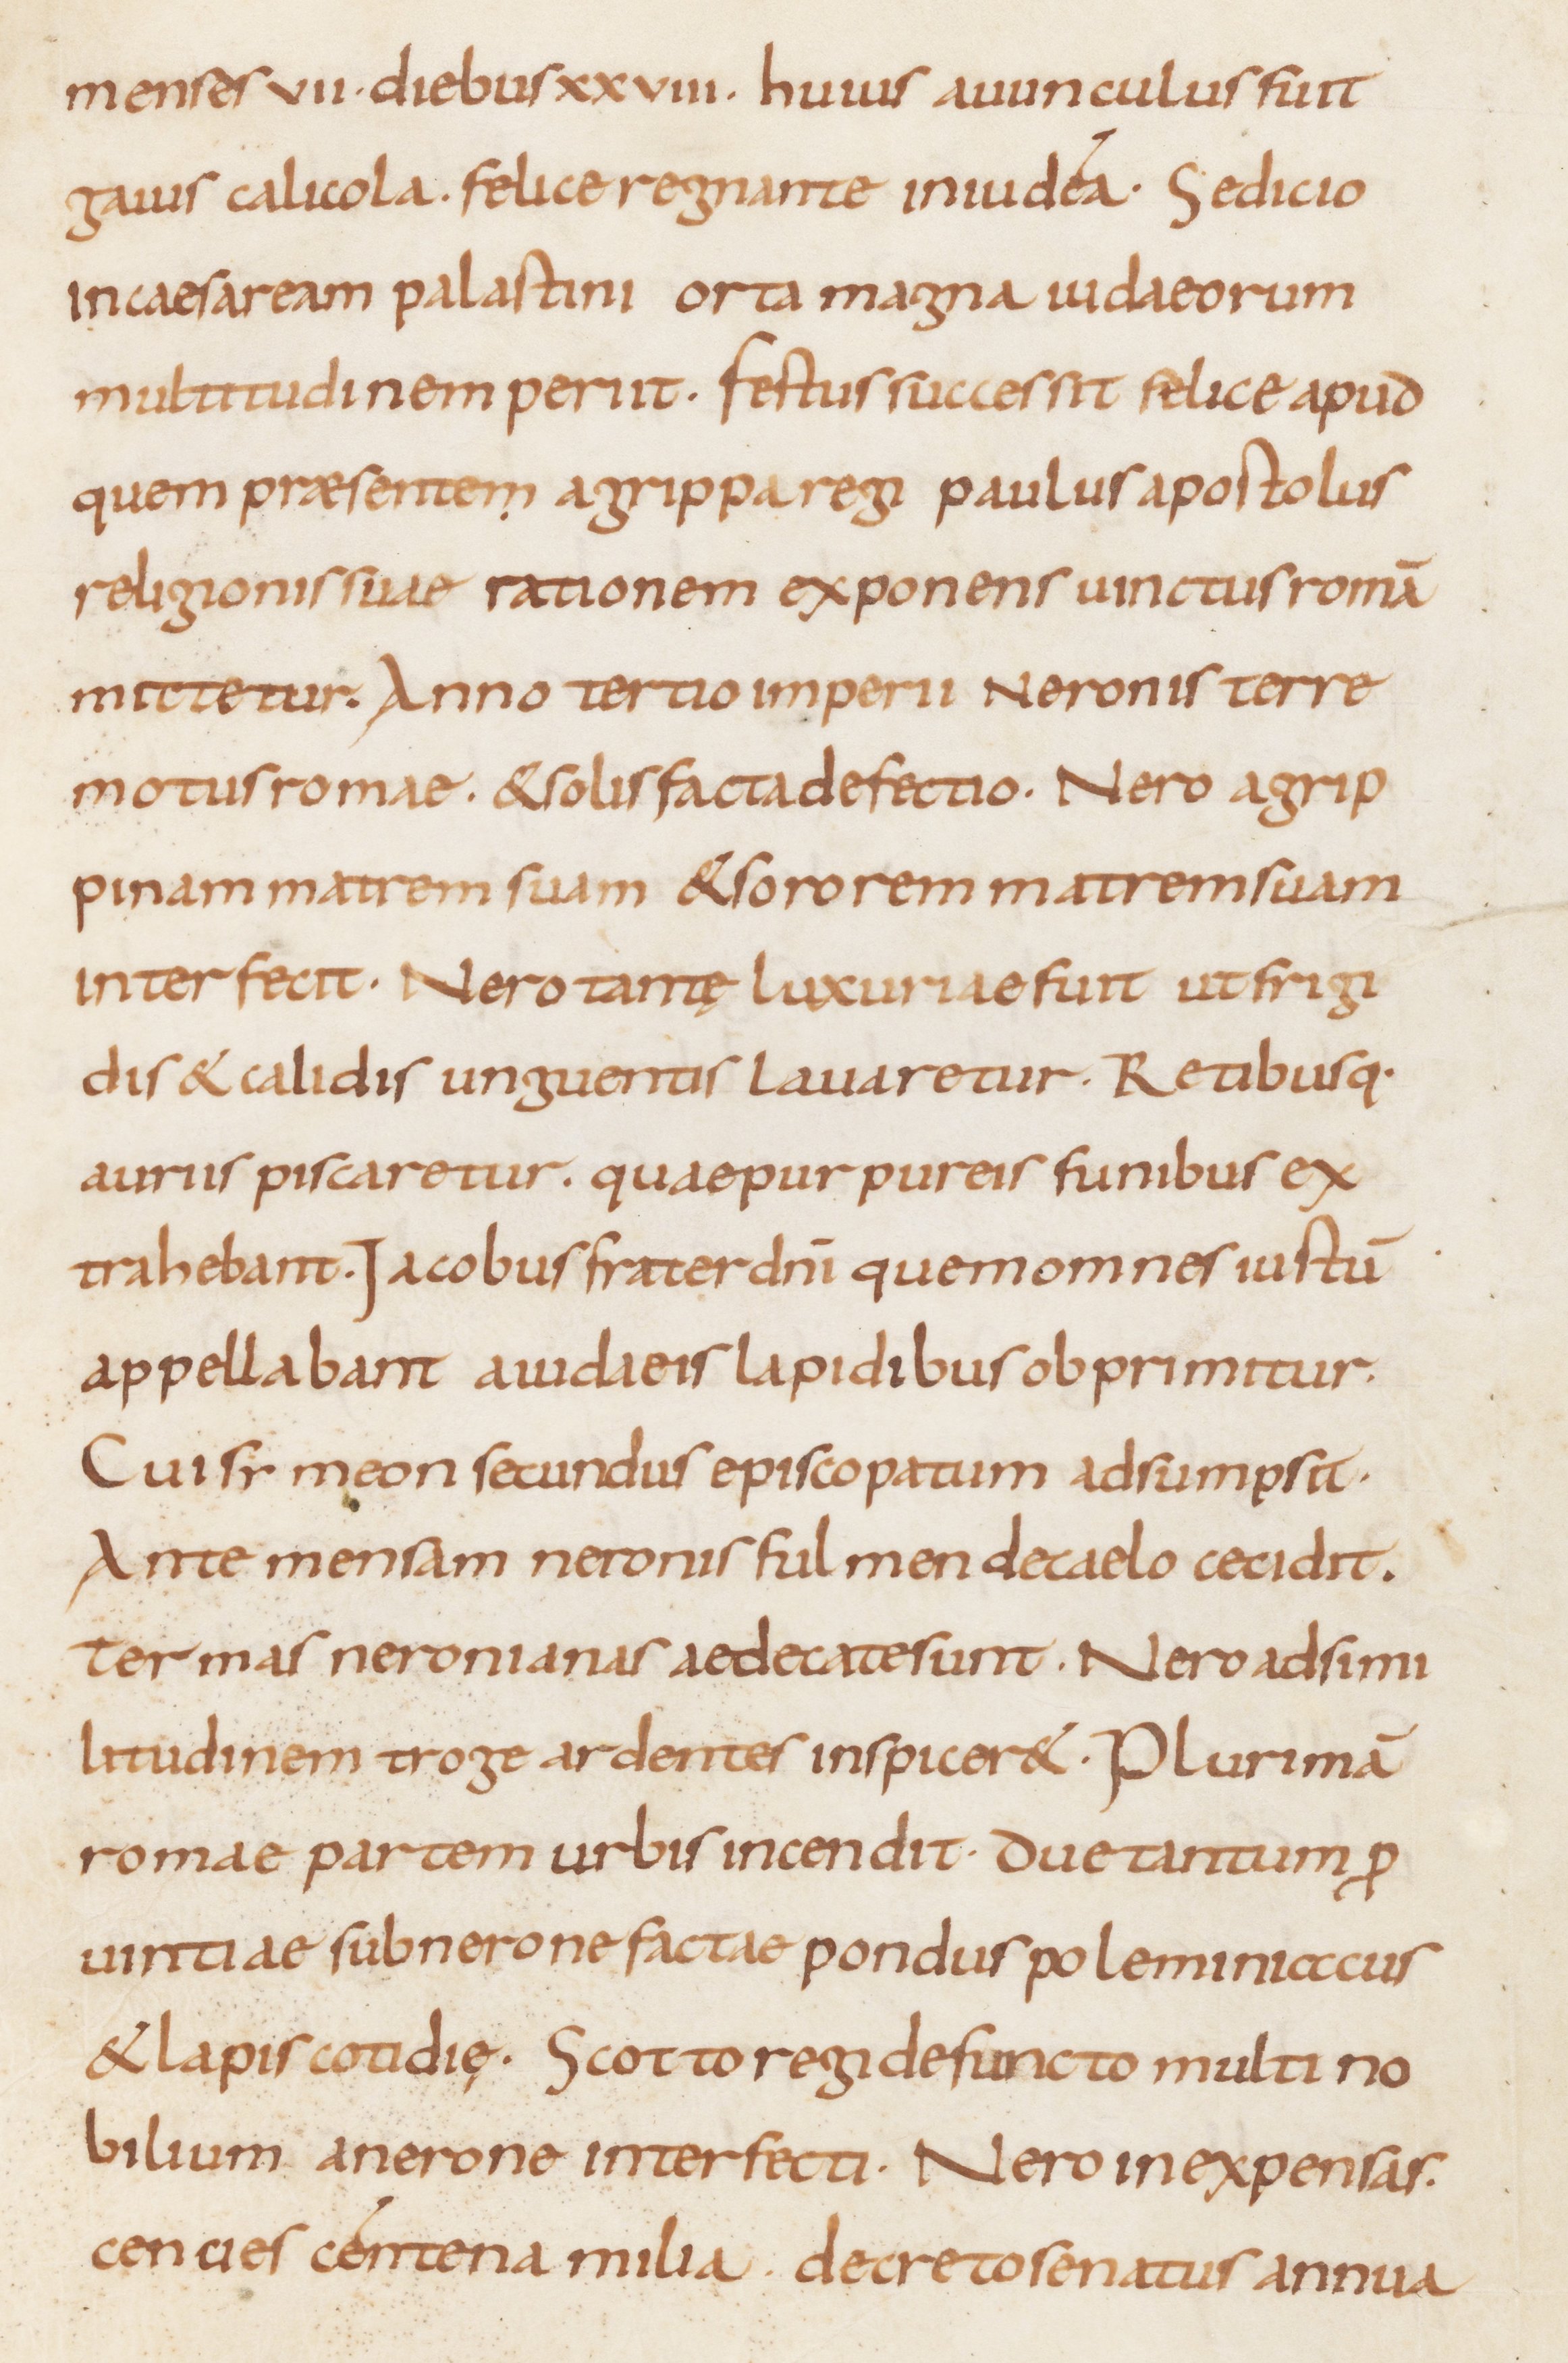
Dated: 815–845